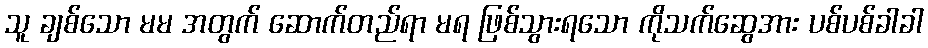
သူ ချစ်သော မမ အတွက် ဆောက်တည်ရာ မရ ဖြစ်သွားရသော ကိုသက်ဆွေအား ပစ်ပစ်ခါခါ